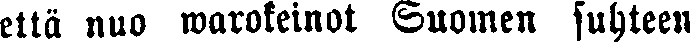
että nuo warokeinot Suomen suhteen